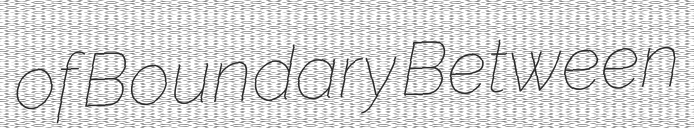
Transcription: of Boundary Between